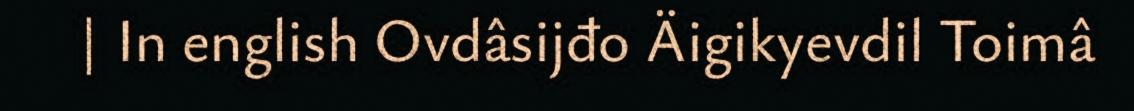
| In english Ovdâsijđo Äigikyevdil Toimâ